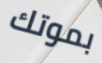
بموتك